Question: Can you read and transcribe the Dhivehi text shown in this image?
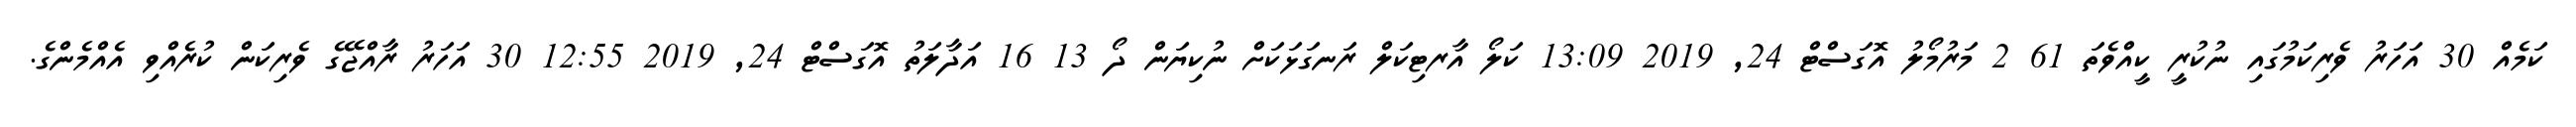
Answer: ކަމެއް 30 އަހަރު ވެރިކަމުގައި ނުކުރީ ކީއްވެތަ 61 2 މަރުމޯލު އޮގަސްޓް 24, 2019 13:09 ކަލޯ އާރޓިކަލް ރަނގަޅަކަށް ނުކިޔަން ދޯ 13 16 އަދާލަތު އޮގަސްޓް 24, 2019 12:55 30 އަހަރު ރާއްޖޭގެ ވެރިކަން ކުރެއްވި އެއްމެންގެ.